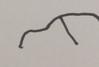
Signature authenticity: forged